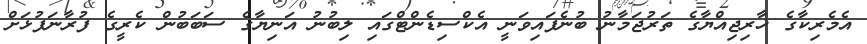
އެމެރިކާގެ ޚާރިޖިއްޔާގެ ތަރުޖަމާނު ބުނެފައިވަނީ އެކްސިޑެންޓްގައި ލިބުނު އަނިޔާގެ ސަބަބުން ކެރީގެ ފުރާނަފުޅަށް